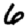
Digit: 6